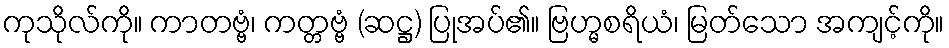
ကုသိုလ်ကို။ ကာတဗ္ဗံ၊ ကတ္တဗ္ဗံ (ဆဋ္ဌ) ပြုအပ်၏။ ဗြဟ္မစရိယံ၊ မြတ်သော အကျင့်ကို။